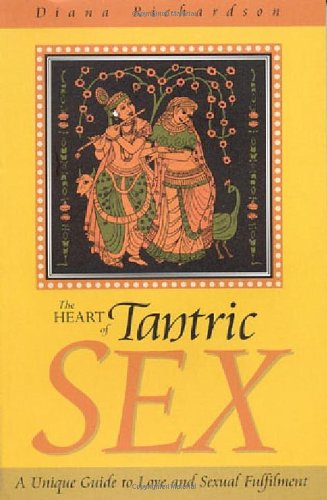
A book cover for The Heart of Tantric Sex: A Unique Guide to Love and Sexual Fulfillment; Diana Richardson; Self-Help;